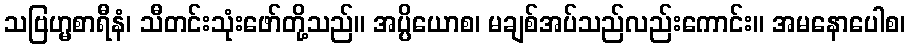
သဗြဟ္မစာရီနံ၊ သီတင်းသုံးဖော်တို့သည်။ အပ္ပိယောစ၊ မချစ်အပ်သည်လည်းကောင်း။ အမနောပေါစ၊